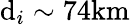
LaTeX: \mathrm{d}_{i}\sim74\mathrm{{{km}}}